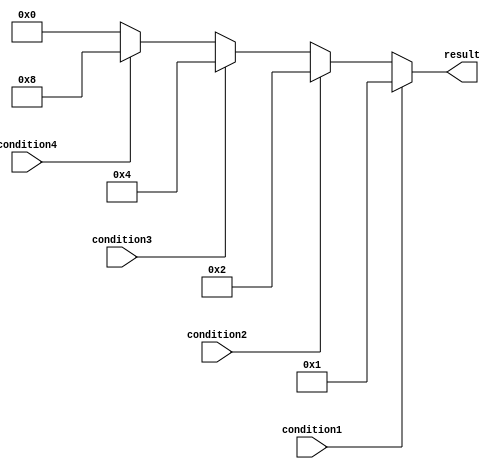
module if_else_ladder (
    input wire condition1,
    input wire condition2,
    input wire condition3,
    input wire condition4,
    output reg [3:0] result
);

always @* begin
    if (condition1) begin
        result <= 4'b0001; // Code block for condition1
    end 
    else if (condition2) begin
        result <= 4'b0010; // Code block for condition2
    end
    else if (condition3) begin
        result <= 4'b0100; // Code block for condition3
    end
    else if (condition4) begin
        result <= 4'b1000; // Code block for condition4
    end
    else begin
        result <= 4'b0000; // Default code block
    end
end

endmodule